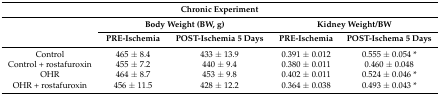
<table><thead><tr><td colspan="5"><b>Chronic Experiment</b></td></tr><tr><td></td><td colspan="2"><b>Body Weight (BW, g)</b></td><td colspan="2"><b>Kidney Weight/BW</b></td></tr><tr><td></td><td><b>PRE-Ischemia</b></td><td><b>POST-Ischemia 5 Days</b></td><td><b>PRE-Ischemia</b></td><td><b>POST-Ischema 5 Days</b></td></tr></thead><tbody><tr><td>Control</td><td>465 ± 8.4</td><td>433 ± 13.9</td><td>0.391 ± 0.012</td><td>0.555 ± 0.054 *</td></tr><tr><td>Control + rostafuroxin</td><td>455 ± 7.2</td><td>440 ± 9.4</td><td>0.380 ± 0.011</td><td>0.460 ± 0.048</td></tr><tr><td>OHR</td><td>464 ± 8.7</td><td>453 ± 9.8</td><td>0.402 ± 0.011</td><td>0.524 ± 0.046 *</td></tr><tr><td>OHR + rostafuroxin</td><td>456 ± 11.5</td><td>428 ± 12.2</td><td>0.364 ± 0.038</td><td>0.493 ± 0.043 *</td></tr></tbody></table>